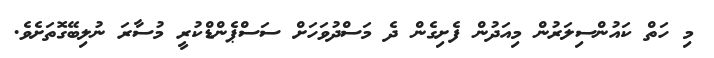
މި ހަތް ކައުންސިލަރުން މިއަދުން ފެށިގެން ދެ މަސްދުވަހަށް ސަސްޕެންޑްކުރީ މުސާރަ ނުލިބޭގޮތަށެވެ.